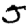
Digit: 5